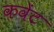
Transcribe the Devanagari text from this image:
कवेंट